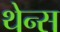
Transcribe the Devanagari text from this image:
थेन्स